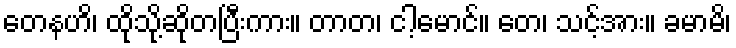
တေနဟိ၊ ထိုသို့ဆိုတပြီးကား။ တာတ၊ ငါ့မောင်။ တေ၊ သင့်အား။ ခမာမိ၊